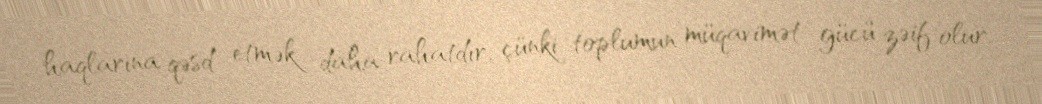
haqlarına qəsd etmək daha rahatdır, çünki toplumun müqavimət gücü zəif olur.